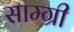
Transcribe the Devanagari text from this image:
साम्ग्री